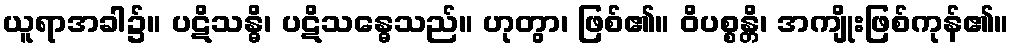
ယူရာအခါ၌။ ပဋိသန္ဓိ၊ ပဋိသန္ဓေသည်။ ဟုတွာ၊ ဖြစ်၏။ ဝိပစ္စန္တိ၊ အကျိုးဖြစ်ကုန်၏။